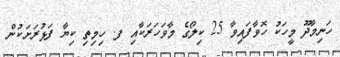
ހަނިމާދޫ މީހަކު ހޮވާފައިވާ 25 ކިލޯގެ މާވަހަރަކާއި ފ. ހިމިތި ކިޔާ ފަޅުރަށަކުން